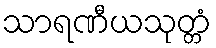
သာရဏီယသုတ္တံ